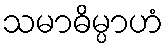
သမာဓိမ္ပာဟံ